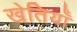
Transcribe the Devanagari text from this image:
खेतियाँ